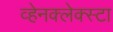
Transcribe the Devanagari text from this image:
व्हेनक्लेक्स्टा